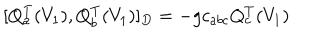
[ Q _ { a } ^ { T } ( V _ { 1 } ) , Q _ { b } ^ { T } ( V _ { 1 } ) ] _ { D } = - g c _ { a b c } Q _ { c } ^ { T } ( V _ { 1 } )